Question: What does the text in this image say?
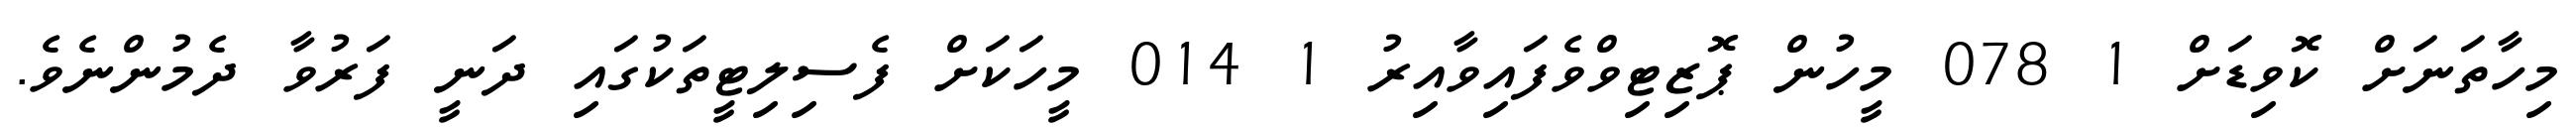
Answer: މިހާތަނަށް ކޮވިޑަށް 1 078 މީހުން ޕޮޒިޓިވްވެފައިވާއިރު 1 014 މީހަކަށް ފެސިލިޓީތަކުގައި ދަނީ ފަރުވާ ދެމުންނެވެ.